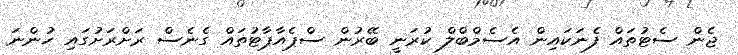
ޖެން ސެޓުތައް ފެނަކައިން އެސެމްބްލް ކުރަނީ ބޭރުން ސްޕެއާޕާޓުތައް ގެނެސް ރަށްރަށުގައި ހުންނަ